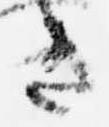
き